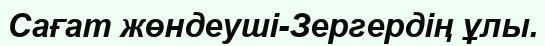
Сағат жөндеуші-Зергердің ұлы.